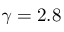
\gamma = 2 . 8